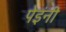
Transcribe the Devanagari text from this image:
पेइंनी